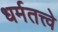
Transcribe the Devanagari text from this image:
धर्मतत्त्वे